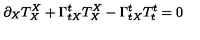
\partial _ { X } T _ { X } ^ { X } + \Gamma _ { t X } ^ { t } T _ { X } ^ { X } - \Gamma _ { t X } ^ { t } T _ { t } ^ { t } = 0